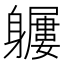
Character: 𨊖